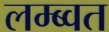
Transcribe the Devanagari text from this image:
लम्ब्वत